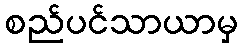
စည်ပင်သာယာမှ